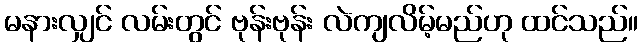
မနားလျှင် လမ်းတွင် ဗုန်းဗုန်း လဲကျလိမ့်မည်ဟု ထင်သည်။